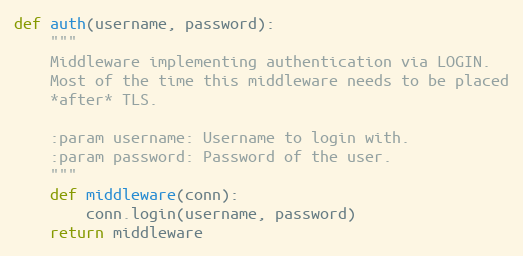
Language: Python
def auth(username, password):
    """
    Middleware implementing authentication via LOGIN.
    Most of the time this middleware needs to be placed
    *after* TLS.

    :param username: Username to login with.
    :param password: Password of the user.
    """
    def middleware(conn):
        conn.login(username, password)
    return middleware